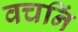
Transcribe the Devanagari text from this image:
वचनिं